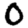
Digit: 0